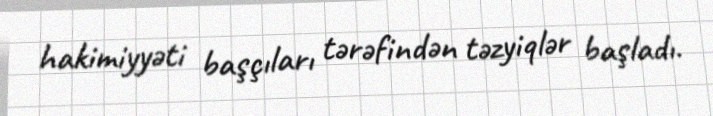
hakimiyyəti başçıları tərəfindən təzyiqlər başladı.